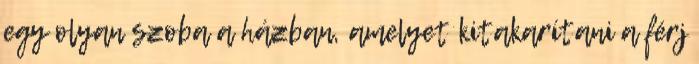
egy olyan szoba a házban, amelyet kitakarítani a férj